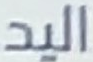
اليد